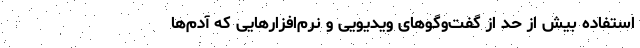
استفاده بیش از حد از گفت‌وگوهای ویدیویی و نرم‌افزارهایی که آدم‌ها